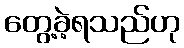
တွေ့ခဲ့ရသည်ဟု